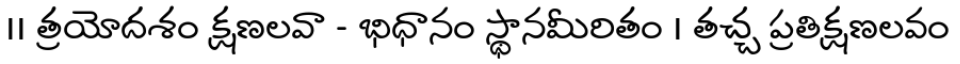
।। త్రయోదశం క్షణలవా - భిధానం స్థానమీరితం । తచ్చ ప్రతిక్షణలవం